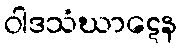
ဝါဒသံဃာဋေန